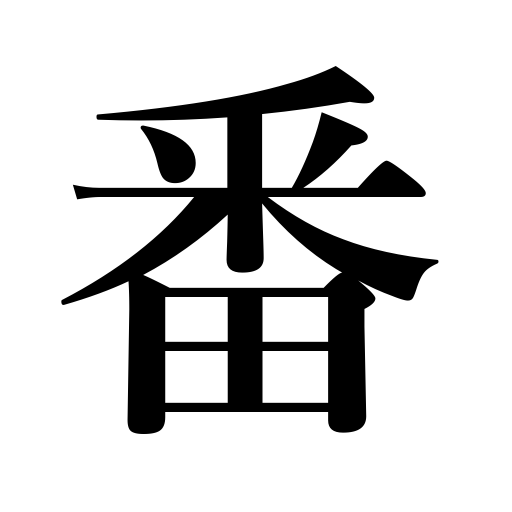
Meanings: watch,game,guard,turn,number,duty,round,order,bout,size